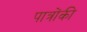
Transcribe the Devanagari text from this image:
पात्रोंकी